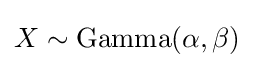
X\sim {\mbox{Gamma}}(\alpha ,\beta )